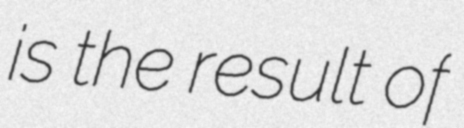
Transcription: is the result of